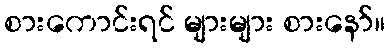
စားကောင်းရင် များများ စားနော်။